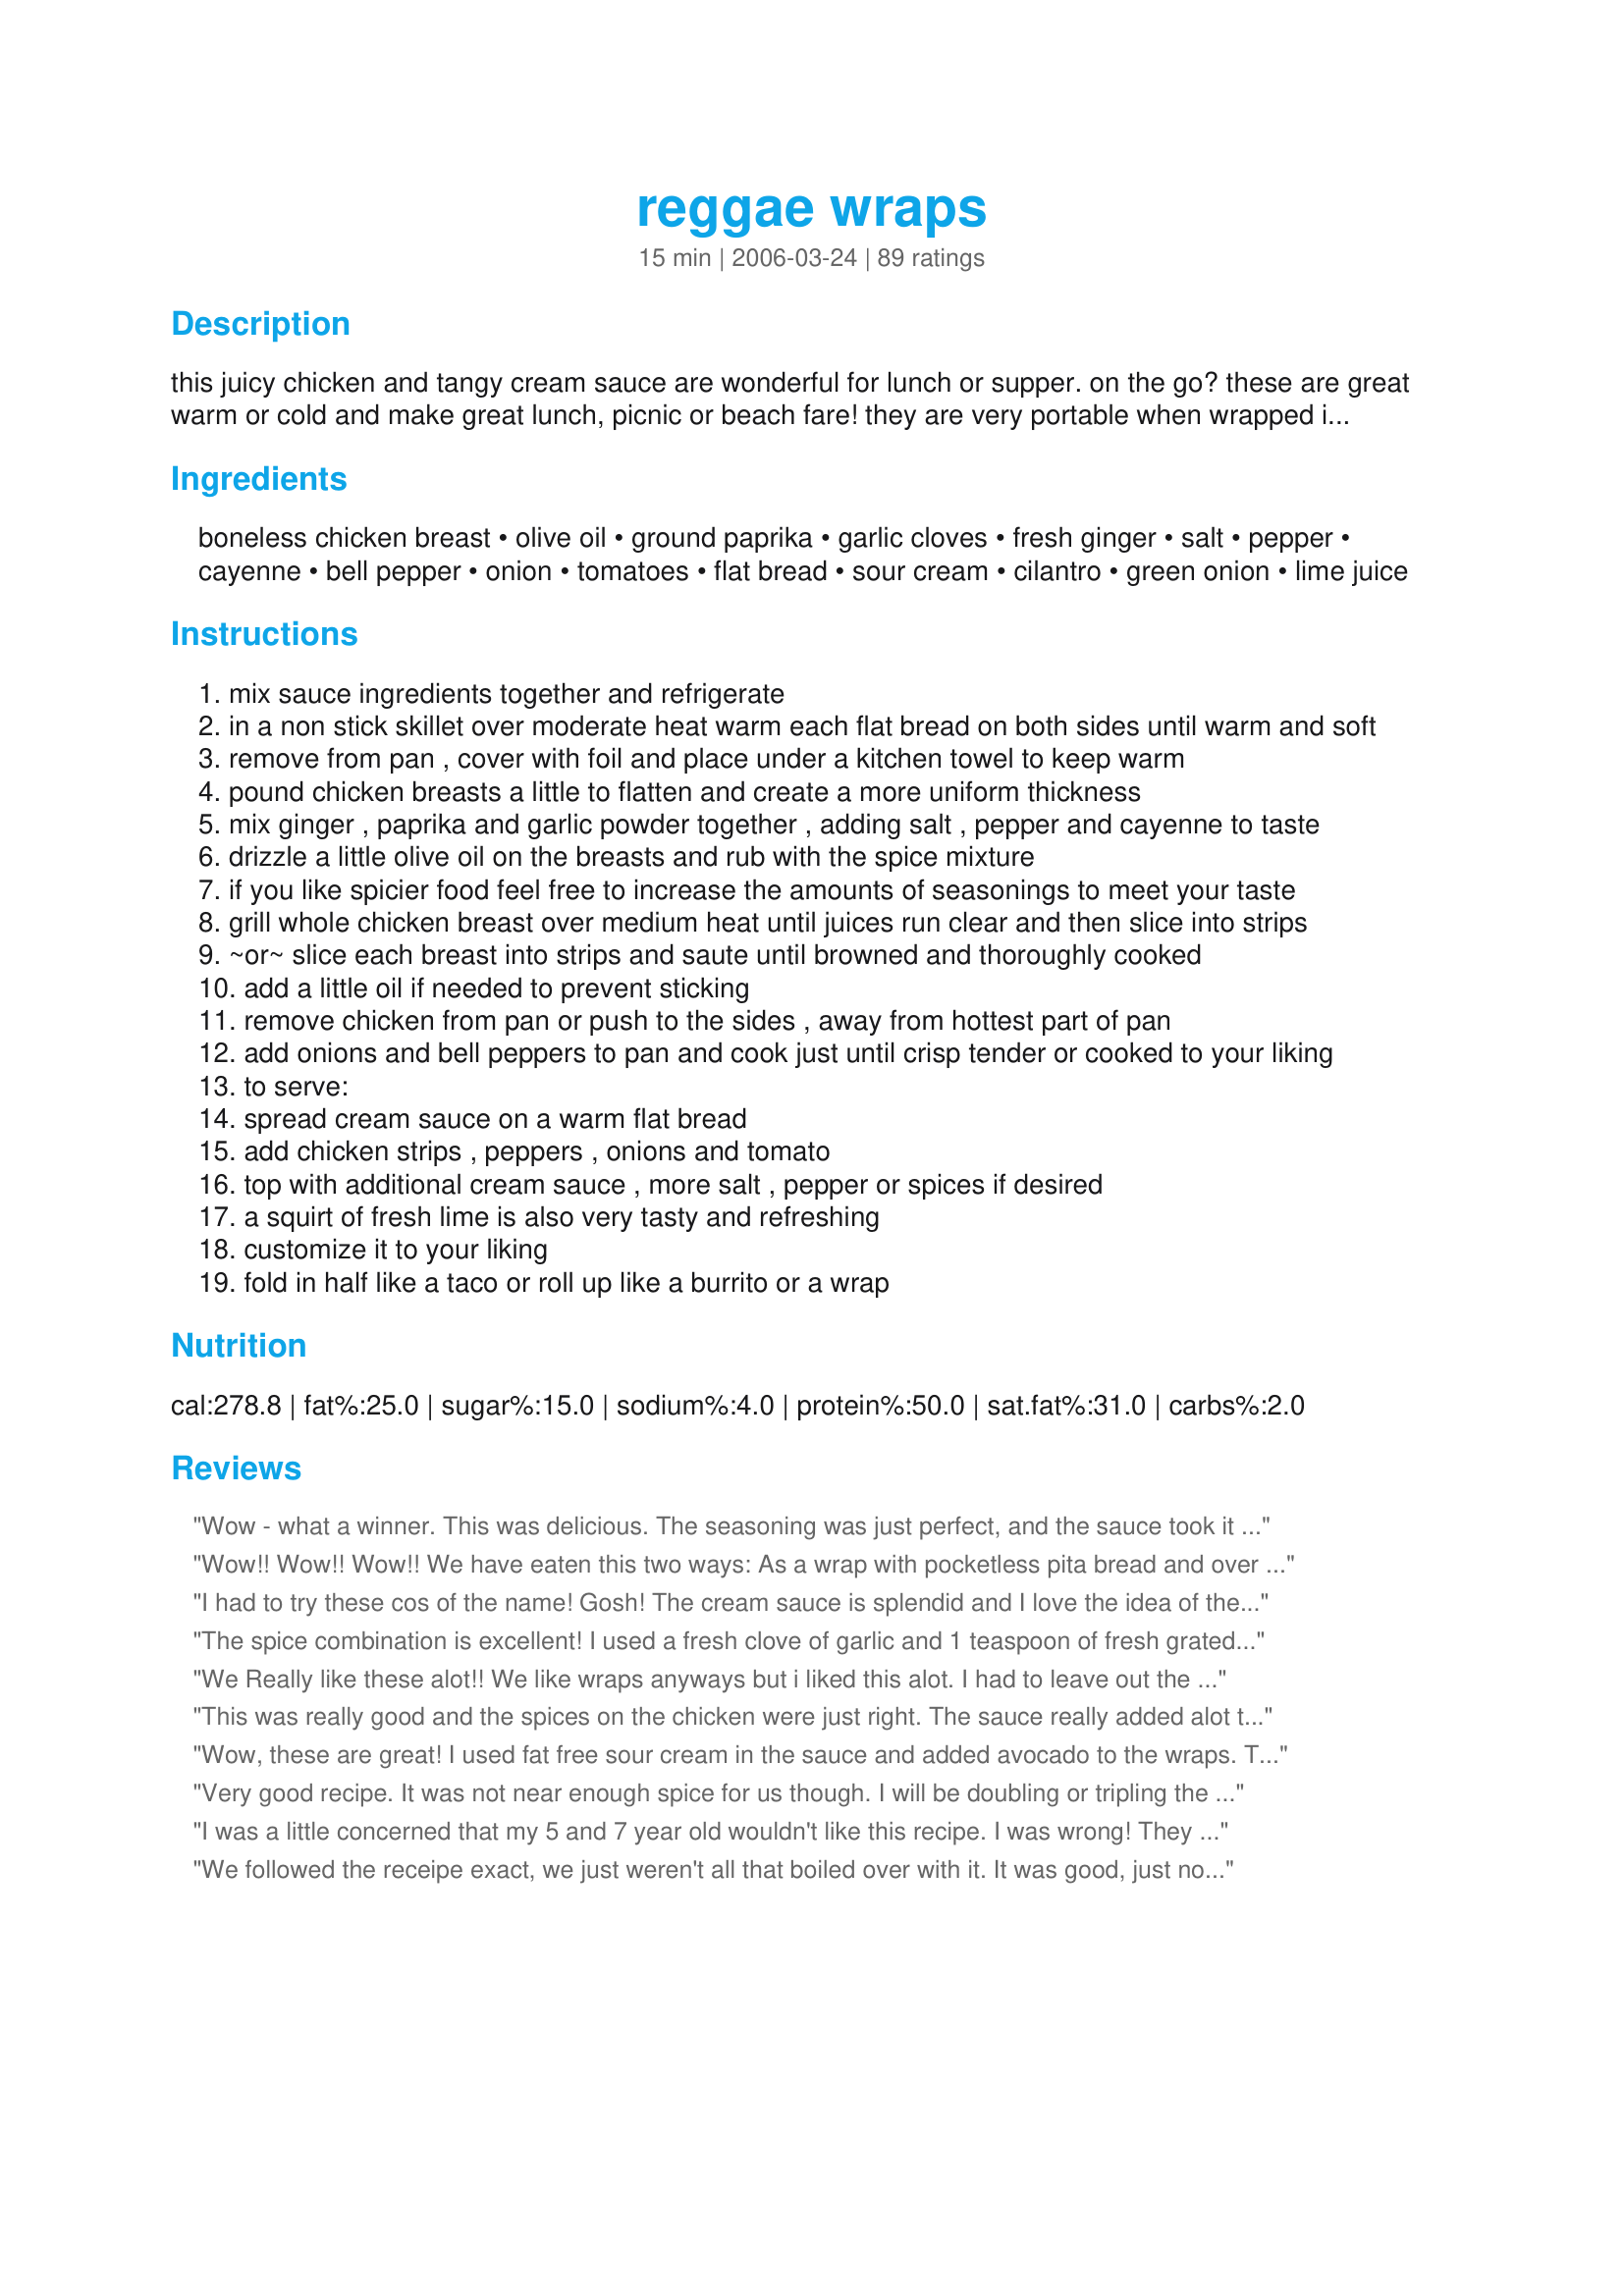
reggae wraps
Preparation time: 15 minutes

this juicy chicken and tangy cream sauce are wonderful for lunch or supper. on the go? these are great warm or cold and make great lunch, picnic or beach fare! they are very portable when wrapped in foil. perfect with fresh island fruit and a cold tropical drink!

rsc#8 3rd place

Ingredients:
boneless chicken breast, olive oil, ground paprika, garlic cloves, fresh ginger, salt, pepper, cayenne, bell pepper, onion, tomatoes, flat bread, sour cream, cilantro, green onion, lime juice

Steps:
mix sauce ingredients together and refrigerate
in a non stick skillet over moderate heat warm each flat bread on both sides until warm and soft
remove from pan , cover with foil and place under a kitchen towel to keep warm
pound chicken breasts a little to flatten and create a more uniform thickness
mix ginger , paprika and garlic powder together , adding salt , pepper and cayenne to taste
drizzle a little olive oil on the breasts and rub with the spice mixture
if you like spicier food feel free to increase the amounts of seasonings to meet your taste
grill whole chicken breast over medium heat until juices run clear and then slice into strips
~or~ slice each breast into strips and saute until browned and thoroughly cooked
add a little oil if needed to prevent sticking
remove chicken from pan or push to the sides , away from hottest part of pan
add onions and bell peppers to pan and cook just until crisp tender or cooked to your liking
to serve:
spread cream sauce on a warm flat bread
add chicken strips , peppers , onions and tomato
top with additional cream sauce , more salt , pepper or spices if desired
a squirt of fresh lime is also very tasty and refreshing
customize it to your liking
fold in half like a taco or roll up like a burrito or a wrap

Reviews:
Wow - what a winner. This was delicious. The seasoning was just perfect, and the sauce took it over the top. Then, to make it better yet - it's sooooo quick and easy. Wonderful weeknight meal. The whole family loved this one.
Wow!! Wow!! Wow!! We have eaten this two ways: As a wrap with pocketless pita bread and over rice. The essential part of either is the cilantro cream sauce. My DH doesn't like sour cream, but loved this. He gave this an 8.5/10, which is equivalent of a 10 for anyone else! :O)
I had to try these cos of the name! Gosh! The cream sauce is splendid and I love the idea of the flatbread....next time maybe I'll try it with pitas or tortilla wraps. I left out the paprika cos i dont have any at home...thanks!
The spice combination is excellent! I used a fresh clove of garlic and 1 teaspoon of fresh grated ginger, (I prefer fresh spices) sauteed the pepper and onion as directed. I did not cook the tomato.
The Cilantro Cream is deeeelicious! I will make twice the amount next time! I used the spice mixture to season 1/2 small chicken breast and recommend increasing the amount of spices and vegetables for 4 servings, as written it would not feed my family of four!! A great, quick to prepare, very tasty recipe. Good luck CHEF!

We Really like these alot!! We like wraps anyways but i liked this alot. I had to leave out the peppers cause my familydoesn't like them.
This was really good and the spices on the chicken were just right. The sauce really added alot to the wrap and was really tasty.
Wow, these are great! I used fat free sour cream in the sauce and added avocado to the wraps. They were really good, I ate them for dinner then breakfast the next day. I'm already planning on making them again this week. So easy too!!
Very good recipe. It was not near enough spice for us though. I will be doubling or tripling the spices next time. Added garlic to the sauce and it was a welcome addition.
I was a little concerned that my 5 and 7 year old wouldn't like this recipe. I was wrong! They said it was the best they'd ever had. That says alot in my house. GREAT RECIPE!
We followed the receipe exact, we just weren't all that boiled over with it. It was good, just not 'great' If we do this receipe again, we'd have to kick up the sauce a bit and add some garlic and other spices to the chicken. We did leave out the cayenne (kids), but it still very bland. Sorry :(
im going to cook this for class on tuesday
My boyfriend picked this for us to make in a long-distance relationship and I was hesitant. <br/>I actually added far more ginger, spice, and paprika. I added jullianed jalopenos with the peppers and cayenne with the sour cream, just to kick it all up.<br/><br/>What a wonderful recipe and fun to make. You can use the leftovers to make fajitas, or add peanuts, zuccini, and chestnuts for a kung pao! I would recommend this a thousand times again.
This is a fantastic recipe!! I made this for a late lunch/early dinner, and we really, really enjoyed it. I made some for my daughter that were fairly plain, without any onions or sauce and she loved it that way. My husband and I ate them with the squirt of lime and oh man...was it ever good!
A nice change from the usual lunch fare, but would make a great dinner too. Thanks for creating a wonderful recipe!
Wonderful and yummy!
I made this for a group yesterday and it was superb. They all raved and wanted the recipe. I did make the Cilantro sauce the night before so all the flavors could merge. I will be making again and again.
Thank you! Thank you!
Reggae wraps...these things are mmm, mmm fabulous! I really loved the addition of the ginger (I used fresh)...it added such a nice taste to the chicken. Also, I used dried cilantro leaves and reduced fat sour cream for the sauce- was still great, even tho' I didn't have the real stuff on hand. For the wraps, we used Naan bread - wow, yummy. Only two complaints....it was a bit messy to eat (not your recipe's fault, mind you) and I didn't double the recipe- we ALL wanted second helpings! Thank you!!
We loved this! It was so yummy & my husband can't wait for me to make it again. I didn't change anything about the recipe, it was perfect!
So easy, and packed with flavor. The sauce I made as stated, except with low-fat yogurt. I made about half the wrap part for the two of us, but made and used all of the sauce, mmm! I also used 6 ounces imitation chicken strips and all of the indicated vegetables. I used the powdered spices and some cayenne pepper because it was easy and fast! This recipe will be going into my quick and easy cookbook and I will definitely want to make this again! Thanks!
These are really great!
Simple and quick to make.
Served them with a rice dish made a perfect meal!
Taking one to work today for lunch :))
Thank you!
Just had these for dinner and DH couldn't get enough! It is a nice quick & easy recipe. I used flour tortillas warmed in the microwave. I would take the cream sauce out of the refrigerator a bit earlier so that it wasn't so cold with the warm ingredients. I also expected a more noticeable flavor from the chicken seasonings but didn't find it. Nice mix of ingredients though. DH also liked putting Yo Ho Ho and a Bottle of Rum Caribbean Salsa in his wraps.
 A real winner - Lovely blend of spices on the chicken and the sauce was the emerald in the crown - The sauce will go well with so many different wraps and other recipes like fish. Good luck in the contest
These were quite tasty! I took the advise from other ratings and doubled the seasoning for the chicken, since used 4 chicken breasts. Also, I used Spinach Herb wraps instead of flat bread, and this made 6 servings. The flavor of the seasoning was very good and the cilantro in the cream sauce, was delicious. Thanks for the recipe, I'll be making it again!
I loved this! The dressing is absolutely delicious. (my 16 month old thought so too!) I added extra lime plus some onion powder for flavor. Next time I will add more spice to the chicken as well. I marinated it for an hour or so and then sauted and served on folded pitas.
What a wonderful recipe! My family l-o-v-e-d these so much. They definitely taste like a wrap that you would get at Applebee's. I made the sauce (using dried cilantro), chopped the veggies while the oven preheated and then seasoned the chicken breasts. I put the chicken breasts in the oven and baked at 450 degrees until done. I then put the bell pepper and onions around them and baked at 500 degrees for 10 minutes. Then I sliced the chicken. I put each on the table and let everyone make their own. The lime sauce was a perfect complement to the delicious chicken. Highly recommended!
Excellent wraps! I'm not sure what I loved best about this: the slightly spicy grilled chicken (I did use the cayenne...yum); the tangy and tasty cream sauce; the sauteed onions & bell peppers; or the warmed wraps (I used "Flat Out whole wheat). All in all it was YUMMY!! Lovely blend of flavors that complement eachother. I also added lettuce to our wraps and called it a complete meal in one! Made during the ZWT5 for the Epicurean Queen team.
This made a very nice lunch. I loved the spice mixture on the meat, although I would make it hotter next time (personal preference). The cilantro cream sauce was lovely. Please note that under other circumstances I would have given this five stars, but as this is a contest, I only give five stars to a small number of recipes with a definite WOW factor. We really enjoyed this dish - thank you for inventing it. Good luck in the contest!
An excellent wrap! I subbed smoked paprika for a little extra kick but otherwise made as written. The cream sauce was the perfect complement to the spice on the chicken. Thanks for sharing Mama! Made for the Rowdies of ZWT 5.
This is so yummy!!! I was worried a little about the sauce, but it all works great for me!!!!
Hey! loved it and eating it now, while watching the footie :)

Quick question: Can i freeze it? and how long will it freeze for?

Thanks for posting it :)

PS. personally i think i can freeze it up to 1 month, if thats way too long then ppl PLEASE tell me :) otherwise i'll be in the T/C for a while :)
 We did these up last night and are glad we did. This was so easy, pretty quick, and very fresh tasting. We used whole wheat flat bread, but would like to try it with sundried tomato ones next time. I think that would be even better. My dh still wanted to add cheese, but because we were out of shredded cheese from other recipes I made, we were true to the original recipe. And dh still said it was better than going out, which is what we were thinking about doing.........lol Thanks for a nice addition to our dinner table.
These were very good and the only complaint that I got was that the cilantro taste in the sauce was overpowering (and I agree). Everything else was great. I used boneless skinless chicken tenderloins and marinated them for about 4 hours and they definitely soaked up the flavors of the marinade. I was disappointed because of the overpowering cilantro flavor but it wasn't enough to ruin the meal because everyone gobbled it up pretty quickly. I think the next time I make it, I will also marinate the onions and peppers in the sauce and cut way back on the cilantro. Thank you for posting it was pretty yummy!
Love these wraps! So easy and so delicious! I really like the fact that the ingredients were simple and there was so much flavor! Ingenious idea to make an RSC sandwich! I could not get flat bread so ended up using spinach and sun dried tomato tortilla wraps. Awesome Recipe! Good Luck Chef! -- posted Mar 6, 2006, 2 members found this helpful UPDATE: This is the third time I have made this recipe and the last two times were for groups of friends. All of them asked for the recipe. This is just simply divine and goes great with Mango Margaritas!!
This is an excellent recipe and so simple! I opted to cook the breasts whole then slice them, because they are more tender that way .. thanks!
I thought these were quite tasty and really simple to make. I just used some flour sandwich wraps for the bread. The cilantro sauce was a nice touch. I would make these again but for personal preference I would increase the amount of the onions and spices. Good idea!
This is the last recipe I tried and I'm very glad I made it - brilliant! A Caribbean Fajita!!! Everything worked together beautifully. Flavours - excellent. Instructions clear and easy to follow. Only thing, you can defiinitely add the WHOLE onion.LOL Excellent recipe, chef.
Served in pita bread. Used extra sauce throughout the week as salad dressing. Very good.
Wonderful wraps! Warm chicken, peppers and onions against cool sour cream sauce...loved it! I doubled the cilantro in the cream sauce. Loved the addition of the lime juice. I served it folded in half. Thanx for a great lunch. I'll make this again, mon!
This was okay, but very bland, even after I added/adjusted knowing that I like a bit of spice. I did use fresh garlic and it made a sort of paste with the dry ingredients that DID make a nice rub. The prep time was not close to 15 minutes for me...this took me over an hour start to finish with the slicing, dicing, chicken prep, etc. Maybe if I did some tweaking for my tastes...thank you for sharing the recipe.
These are great! I made this recipe last night and had some leftover, which made for a great lunch today! I used Thomas' sun-dried tomato wraps as the bread for this and it went very well with the other flavors. I did use a pinch of cayenne, but it was such a small pinch I really didn't even notice it in there. Thanks Mama's Kitchen! I will be making these and sharing the recipe with my girlfriends!
Made this tonight for ZWT5 '09. This was really delicious. I too used the Flat Out Whole Wheat. The first time trying the Flat Out, wow a lot easier than Flour soft taco or tortillas and so tasty. Now add all these delicious ingredients of great flavor chicken and sauteed veggies...really yummy. I could of used a little extra salt though. I did use the cayenne pepper. I got my DD to mix me up the spices while I did the chicken and stuff. We both really loved them. Although I was stuffed with eating just half. But that is okay cause 1/2 for lunch tomorrow. Thanks for posting this recipe.
This was very good! I did add in some more of the spices just before removing the chicken from the pot. I also liked the squirt of lime that the recipe suggests in step 9. The cilantro sauce is really good, too! Make it ahead of time and let the flavors develop in the fridge. Simple and versatile recipe. Thanks!
This made an easy and quick supper which is always a plus. I found the chicken a tad bland and would add more seasoning next time. I think just a bit more seasonings would let the chicken shine inside the wrap. The creamy sauce did perk things a up a bit and was well used here. I also added shredded lettuce and thin sliced purple onions before rolling in the flat bread. I would make this one again. Good luck in the contest!
This makes a quick, easy, delicious week-night meal! The directions are clear & complete.
I chose to omit the optional cayenne & made no additions to the spices for the chicken. The sauce was a cool contrast to the subtle heat of the spices - perfect for our tastes. My hubby's comment "I really enjoyed that" ... thank you!
These wraps were very good! I let the chicken marinate with the oil and spice mixture for a bit in the refrigerator. The cilantro cream sauce pulled this sandwich together well! Next time will double the recipe.
I really wanted to like this but we found the chicken to be extremely bland. I followed the recipe exactly........I will probably use the cilantro cream sauce for another use. Sorry - it looks and sounds delicious but a bit too much hype in our opinion.
The whole family ate it-- which is great. I am rating the chicken/rub part of the recipe. The kids and DH wouldn't go for the veggies. I used chicken tenders and it cooked on the stovetop in no time. I used the sauce, the kids used BBQ sauce. We did put grated cheese on them. It's so nice to have a meal that everyone will eat!
We've made these twice now, both times with grilled chicken. The blend of tastes is refreshing and light. We served on whole wheat flour tortillas in fajita fashion. Also, we kept it family style, with all the components available to "build your own" at the table. The sauce is an outstanding compliment to the wrap and deserves use in other recipes as well (i.e. tacos, fish tacos, burritos, etc!!) We squeezed on fresh lime at the table and it was delightful!! ~ Jeff's Girl Way Out West
Very tasty.Needed to increase the amount of spices wasn't enough rub for chicken. Will make again, next time without cilantro.
On a scale of 1 to 10 this bad boy is a 10 ! I have made it using dried cilantro and it was GREAT, but if made with fresh is is AWESOME ! This will be one of your KEEPERS ! ! ! !
Wonderful wonderful wonderful! Very very very good! I used red bell pepper which I cooked til it was very limp and carmelized the onions. Can't wait to try this with some whitefish or shrimp!
Wonderful!! I made this last weekend for my hubby & I. We enjoyed it so much that I made it again when visiting my daughter & her husband this week. His dad was there also and all agreed it was wonderful. The cayenne is a must tho, I think next time I will try 2 'pinches'. The cold cilantro sauce & the heat of the cayenne really compliment each other, I thinks that is what makes this whole recipe work. Thanks for a fast, tasty summer meal Mama!!
Update March 2010--we like to use left over steak in this recipe too, I slice it thin, adding all spices to the pan with the peppers, onions & tomatoes. toss in the meat at the end to just warm it. This works best with really tender steak I have found. The sauce is indeed the jewel in this meal as another reviewer stated, we use it in many other meals too. I have been making this for almost 2 years & we have it often, really one of the best recipes on zaar!
I absolutely love this unusual mix of spices for the chicken. Made this dish several times and it is always delicious. I just leave out the peppers because I don't like them.
i have made this several times and keep coming back to it. The only modifications i make are fresh grated ginger and garlic (instead of powdered), and flour tortillas instead of flatbread. The sauce, as others have noted, is killer. The chicken can be barbequed over coals, gas, or grill pan inside, but adding soaked mesquite chips to the fire adds a great flavor to it. Thanks for the recipe!
These were good, The chicken was great, the sauce was good, but for my taste, I need a little more zip, so I added some spices and such to it. It was very easy to make, especially since I used the pre-cooked chicken strips, because we were having lasr minute company. They went over very well with out guests.
Wrap was great - the sauce was fantastic! I can think of no improvements.
Fabulous! This was a great recipe, enjoyed by everybody.
Thanks for sharing.
I used the Maple Leaf pre-cooked chiken strips and they were a great time saver.
Thanks for sharing!
Simple, healthy, and delicious! The cilantro cream sauce really made the dish. Will make again, my dinner guests were delighted.
I made a tofu version by doubling the spice mixture, adding its volume in flour, coating the tofu and then frying it for 10 minutes. I also added a bit of the spice mixture to the sauce, and served wrapped up in a tortilla. It was pretty good, but I don't think it wound up tasting anything like the meat version is supposed to. Great sauce.


I love fresh ingredients and used freshly grated garlic and ginger.
I took advantage of your suggestion, and did not use cayenne.
it is not really necessary, with the combination of these ingredients, and
as you suggest, it is optional.
 Eliminated use of 
salt in both the chicken prep steps and Cream Sauce (such a simple sauce, but so tasty and tropical.
With fresh lime juice, allowing the freshness of tropical flavour, the addition of salt is not really compulsory... minor point.,
Fresh, ground Black pepper from the mill (to taste) is an added enhancement.
Wonderful, wonderful. Thank you Chef for this delightful lunch entree.
Kudos!!!

Well I loved these. My husband liked them too. Another great recipe for Mama! :)
looks good! can't wait to try it this week for dinner! always looking for new recipes with chicken and wraps! Thanks
One of the best wraps I've ever tasted. A snap to prepare (my kind of recipe!) and delicious. Even my fussy kids loved them. This one's a keeper! Thank you, mama!!
These were pretty good but not as flavorful as I expected. The chicken does not really seem to absorb the flavors of the spice mixture. I think maybe a true marinade would work better. I cut the chicken in strips, which worked out fine. I would love to try this again, just making a few adjustments. Thanks for sharing!
This is a nice light meal if served with a salad. I really like the sauce...the lime adds just enough zip. I think next time I will add more cayenne as I like my food spicy.
Very good use of the contest ingredients! We enjoyed them very much, loved the seasoning and the crunch of the peppers. I used no fat sour cream, it was the same taste as the fat kind. Made two with salsa flavoured wraps and two with cheese flavoured wraps. Another time I think I would add a little cheese to finish them off. The cream sauce was especially tasty! Thanks for submitting it to the contest and good luck!!
This recipe was awesome! Simple, tasty and quick. My friend and I are foodies...we loved this recipe. Easy to assemble, easy to make as it required no special ingredients...very easy to eat when it tastes so good! A definate keeper that will be made again and again. I think tho I would double maybe triple the dry rub spices. Actually I just dumped the spices into a zippy bag and added the chicken strips and let them marinade in the fridge over night. A quick saute and we were moaning and groaning over how good these were! How fun! Simple and tasty! Oh, I served this with chinese coleslaw and iced sweet tea. Fantabulous combination!
Wonderful, easy, and fast. Good for lunch or dinner. Thanks for a great recipe I will make again and again.
I made this without the cayenne and it was fabulous. I used hungarian paprika, don't know if that made a difference, and I cooked it inside in a non stick pan. Thanks for a great recipe!
The flavors in the rub are so delicious, and that sauce! Love it! I served the chicken and veggies on a bed of brown rice and served black beans on the side. Can't wait to try it as a wrap!
Really tasty, really quick and good healthy stuff. I used a light sour cream and rolled in corn tortillas to keep the carbs lower for hubby. Deelish! Thanks Mama.
This was very tasty! I added some lime zest and nutmeg to the chicken and served with curry rice. Thanks for sharing!
Very yummy, the sauce was especially delicious. This made an easy weeknight meal. I made the sauce in advance which sped up preparation time. I will be making this again.
Wow - these were awesome!! I followed the recipe except I used whole wheat tortillas instead of flat bread. That's all my local store had. The whole wheat tortillas were wonderful and I prepared them the same as the flat bread directions. I doubled the spice rub mixture and doubled the sauce, but I had almost 2 pounds of chicken instead of 1 pound.
We ate the leftovers for lunch today and they were still awesome. This recipe is a definite keeper.
Wow as good as all the reviews. A must make and new staple in my house. This was AMAZING. I made it for a friend and she cobbled it all up with a big smile. The fresh lime at the end... YUMMY!

A few modifications to spice it up and I prefer to marinade and grill on skewers.
Minced 2 teaspoons of fresh ginger instead of 1 1/2, garlic was fresh not powder,minced one whole jalapeno, cayenne is a must, lots of cracked black pepper, squeezed juice of one lime, and a tablespoon of white vinegar. Cubed the chicken and poured it all into a ziplock bag for a fews hours to soak. Grilled on skewers 4 min a side.
Cilantro cream sauce- low fat sour cream, 4 teaspoons of lime not 2 and grated lime rind as well. Salt and pepper to taste.
Next time I may use a thicker greek type pita as the whole wheat tortilla was a bit flimsy to hold in the cream sauce.

Already on the menu for dinner this weekend.
Terrific. Served on whole wheat tortillas and used fat free sour cream. To up my veggie intake I reduced the chicken by half and added squash, doubled the bell peppers and onions, added two kinds of hot peppers (jalapenos and chiles), and Japanese eggplant. For zwt.
I followed the recipe exactly and it is wonderful. I have made them over and over again and they turn out great every time. Great recipe and very easy to make. Thank You!
I love it! The chicken rub is good by itself, but the sauce complements the chicken perfectly. I suggest making it as is.
very good, loved the flavor combinations. This is a must try. Thanks for this yummy addition to our menu rotations.....Stephanie
I can't believe I forgot to review this recipe when I first made it. Since Mom comes over to help me since I got sick, I fix her lunch or supper, depending on when she's here. Usually, we try to stick to simple and fast. I'd been wanting to try this since the results of RSC were announced. I had to sub in flour tortillas for the flat bread, but that didn't matter. Mom is not a big fan of cilantro because she and pop are not used to eating different ethnic foods (I'll try just about anything once unless it's spicy-hot.) We both LOVED this! I think the spices on the chicken was just enough and the sauce was perfect schmered all over our wrap. The red pepper was a bit sweet, so I think I'm going to try a bit of green and red pepper. I did include the whole onion as one reviewer suggested because it was so delicious and Mom really likes onions. HOPE, this was GREAT! Congrats on placing in RSC and it was great being on the Stella with ya! (HUGS) Amy
I love reggae wraps! They are so easy to make and a nice twist on the classic wrap. Prepared exactly as stated. Yummy!
This was a great fresh-tasting meal. I used steak marinaded in the cilantro-lime marinade by Leighmcl. However, the flavors would probably have been more intense if I had just rubbed the meat instead of marinading it. The sauce was great! I served the wraps with fresh pineapple and strawberries and had a great summer dinner.

This is a really easy recipe loaded with taste!
I followed the recipe exactly, but think it would be better after flattening the chicken, then slice it, then add the spices, etc. This is a terrific recipe! We loved the sauce, too!
Thank you for a different, but delicious, recipe!
We made these wraps for a trip to the beach. It was very quick and tasty. Everyone liked them! We used fat-free sour cream to save on calories and dried parsley. Worked great & were tasty cold too!
These were fab!! :) We too stuck to "family style" with all ingredients on the table for every one to design their own. A real winner with the whole family, thanks heaps!!
This was our second week of trying out this recipe. 2nd time We did a little doctoring to the marinade, but the concept is great and the flavors are all there. Found stuffing the pita was the best method though a little messy either way! Served with salsa and the cilantro sour cream sauce, lettuce, tomatoes, additional raw peppers, might add cheese next time but not really necessary. Thanks for sharing.
I loved the spice rub; it added so much to the chicken. I cooked the breasts whole and sliced them after they cooled a tad. The cilantro sour cream was an excellent addition, it added that something really special.
absolutely delicious! I took a shortcut and used pre-cooked chicken that I just sauteed on the pan with the spices listed. I omitted the green onion and other veggies and this was still fantastic. I ate two on flour tortillas and mixed up the leftover meat and sauce later for a snack. that sauce is scrumptious! thanks for yet another keeper! :)
Reggae Wraps...I added just a tad more Calypso and they were then perfect. :)
All I can say is WOW. I love the sauce. It's really nice and refreshing. Will be making this again.
Excellent. I also used a sun dried tomato wrap. The spice mixture was just right--I did add a pinch of cayenne--and the sauce was the perfect complement. Thanks for the recipe.
